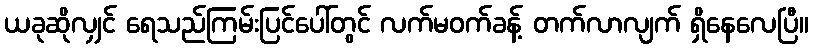
ယခုဆိုလျှင် ရေသည်ကြမ်းပြင်ပေါ်တွင် လက်မဝက်ခန့် တက်လာလျက် ရှိနေလေပြီ။